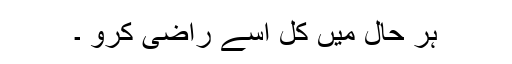
ہر حال میں کل اسے راضی کرو ۔